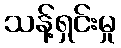
သန့်ရှင်းမှု